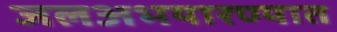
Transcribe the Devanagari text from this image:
जलअभयारण्यात